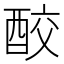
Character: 𨠦